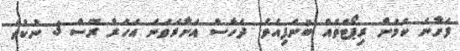
ފަށާނެ ކަމަށް ރިޕޯޓްތައް ބުނެފިއެވެ. ދެހާސް އަށާރަވަނަ އަހަރު ރޭސް 3 ނުކުތް